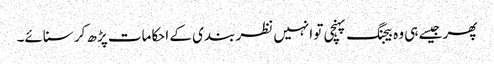
پھر جیسے ہی وہ بیجنگ پہنچی تو انہیں نظر بندی کے احکامات پڑھ کر سنائے۔